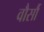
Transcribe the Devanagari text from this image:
वौर्सौ